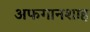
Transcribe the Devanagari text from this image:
अफगानशाह